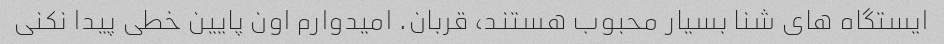
ایستگاه های شنا بسیار محبوب هستند، قربان. امیدوارم اون پایین خطی پیدا نکنی